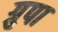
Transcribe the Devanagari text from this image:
ग्रुपा